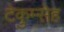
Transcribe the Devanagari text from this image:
टेकुम्सेह